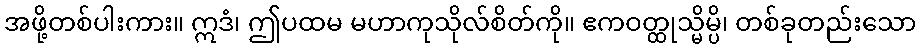
အဖို့တစ်ပါးကား။ ဣဒံ၊ ဤပထမ မဟာကုသိုလ်စိတ်ကို။ ဧကဝတ္ထုသ္မိမ္ပိ၊ တစ်ခုတည်းသော